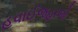
હવાઈજહાજો